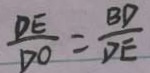
\frac { D E } { D O } = \frac { B D } { D E }